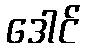
ဒေါင်